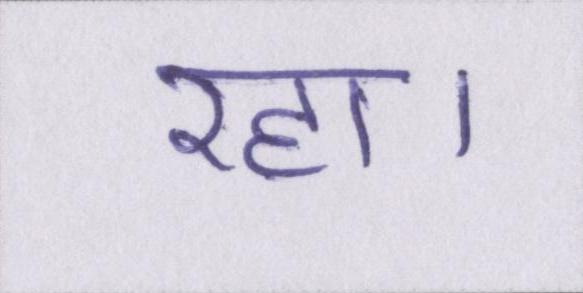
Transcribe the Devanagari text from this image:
रहा।